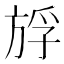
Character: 𰕪